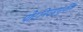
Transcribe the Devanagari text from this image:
पोटनिवडणुकींत